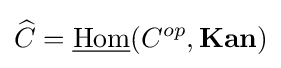
{\widehat {C}}={\underline {\operatorname {Hom} }}(C^{op},{\textbf {Kan}})